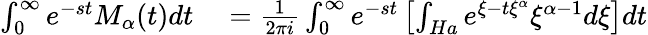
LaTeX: \begin{array}{rl}{\int_{0}^{\infty}e^{-st}M_{\alpha}(t)dt}&{{}=\frac{1}{2\pi i}\int_{0}^{\infty}e^{-st}\left[\int_{Ha}e^{\xi-t\xi^{\alpha}}\xi^{\alpha-1}{d\xi}\right]dt}\end{array}